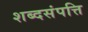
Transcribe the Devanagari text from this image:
शब्दसंपत्ति